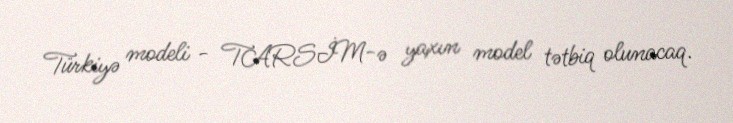
Türkiyə modeli - TARSİM-ə yaxın model tətbiq olunacaq.